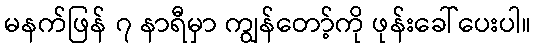
မနက်ဖြန် ၇ နာရီမှာ ကျွန်တော့်ကို ဖုန်းခေါ်ပေးပါ။